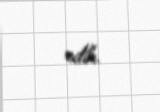
edib.